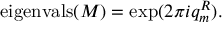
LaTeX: \mathrm { e i g e n v a l s } ( M ) = \exp ( 2 \pi i q _ { m } ^ { R } ) .